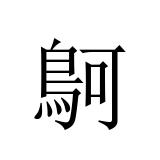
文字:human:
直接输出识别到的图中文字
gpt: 鴚